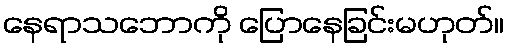
နေရာသဘောကို ပြောနေခြင်းမဟုတ်။